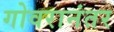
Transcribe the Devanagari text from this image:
गोवरानंतर